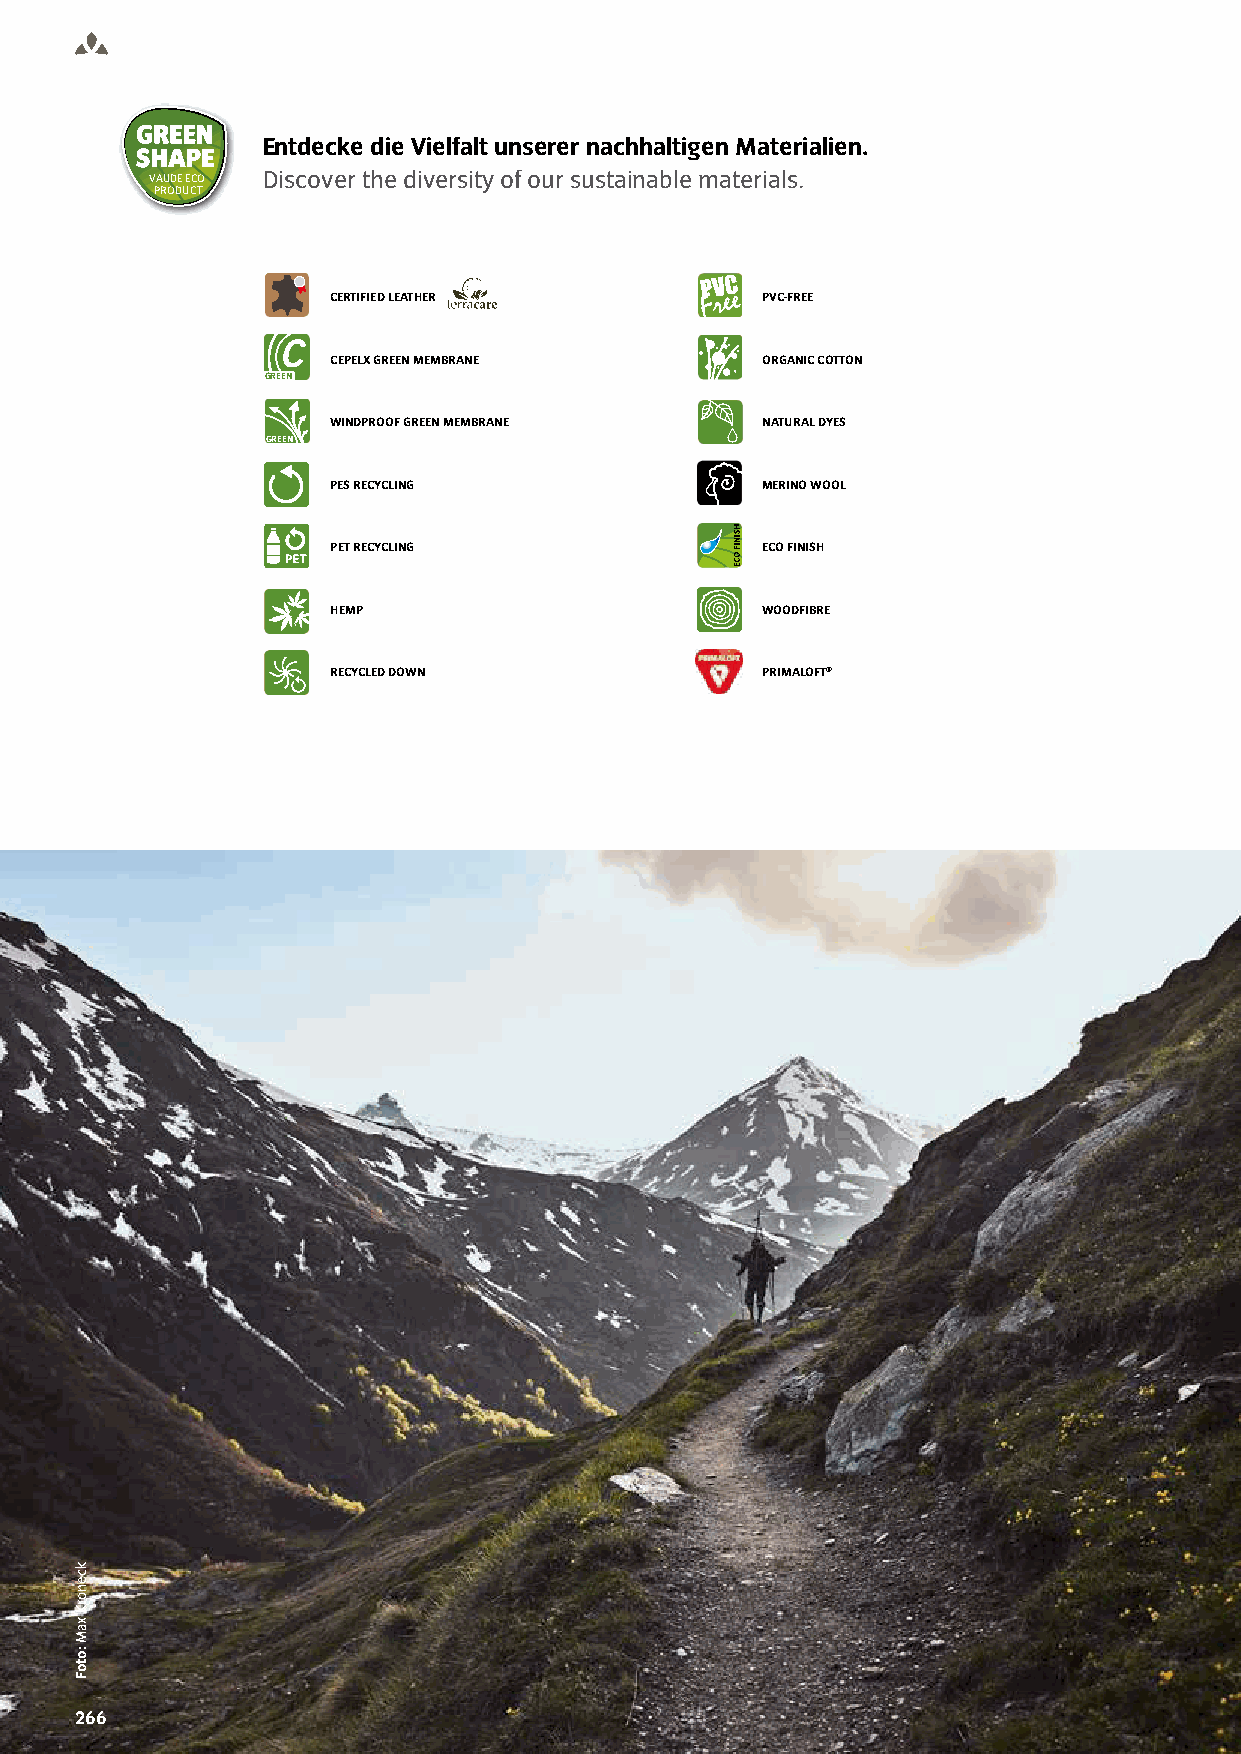
Entdecke die Vielfalt unserer nachhaltigen Materialien.
 VAUDE ECO Discover the diversity of our sustainable materials.
 PRODUCT
 CERTIFIED LEATHER           PVC-FREE
 CEPELX GREEN MEMBRANE       ORGANIC COTTON
 GREEN
 WINDPROOF GREEN MEMBRANE    NATURAL DYES
 GREEN
 PES RECYCLING               MERINO WOOL
 PET RECYCLING               ECO FINISH
 HEMP                        WOODFIBRE
 RECYCLED DOWN               PRIMALOFT®
 226666 WWW.VAUDE-DEALERS.COM
 ECIVRES
 kcenorK
 xaM
 :otoF